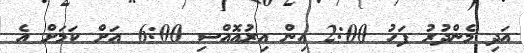
އަދި މެންދުރު ފަހު 2:00 އިން އިރުއޮއްސި 6:00 އަށް ކަމަށް އެ